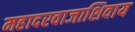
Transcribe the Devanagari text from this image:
महादरवाजाशिवाय